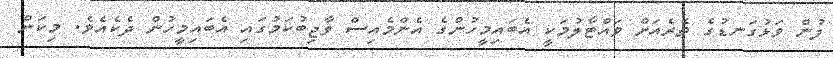
ފުން ވަޅުގަނޑުގެ ތެރެއަށް ވައްޓާލުމަކީ އެބައިމީހުންގެ އެންމެއިސް ވާޖިބުކަމުގައި އެބައިމީހުން ދެކެއެވެ. މިކަން